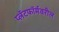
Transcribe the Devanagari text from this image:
प्लॅटफॉर्मवरील